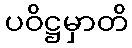
ပဝိဋ္ဌမှာတိ